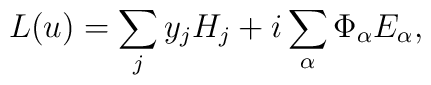
L(u)=\sum_{j}  y_jH_j+i\sum_{\alpha} \Phi_{\alpha}E_{\alpha},